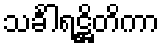
သင်္ခါရဋ္ဌိတိကာ